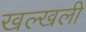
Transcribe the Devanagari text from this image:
खल्खली